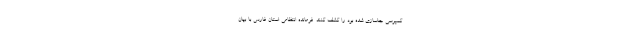
کمپرسی جاسازی شده بود را کشف کنند. فرمانده انتظامی استان فارس با بیان